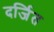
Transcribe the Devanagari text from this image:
दर्जित